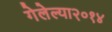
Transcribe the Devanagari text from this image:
गेलेल्या२०१४